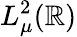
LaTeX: L_{\mu}^{2}(\mathbb{R})